Vaccination Hyderabad 1890-1903 - 1890-1903
Year: 1890
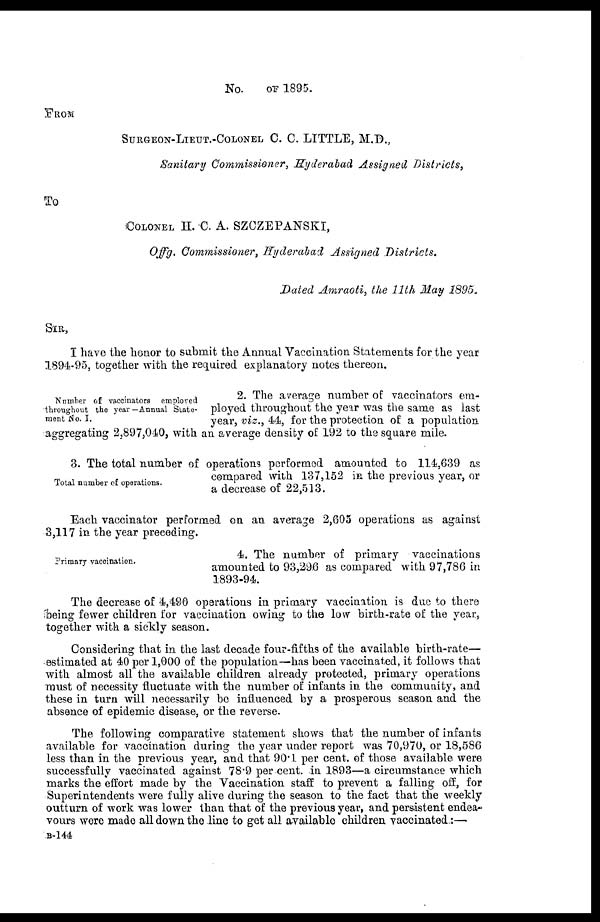
No.
OF 1895.
FROM
SURGEON-LIEUT.-COLONEL C. C. LITTLE, M.D.,
Sanitary Commissioner, Hyderabad Assigned Districts,
To
COLONEL H. C. A. SZCZEPANSKI,
Offg. Commissioner, Hyderabad Assigned Districts.
Dated Amraoti, the 11th May 1895.
SIR,
I have the honor to submit the Annual Vaccination Statements for the year
1894-95, together with the required explanatory notes thereon.
Number of vaccinators employed
throughout the year —Annual State-
ment No. I.
2. The average number of vaccinators em-
ployed throughout the year was the same as last
year, viz., 44, for the protection of a population
aggregating 2,897,040, with an average density of 192 to the square mile.
Total number of operations.
3. The total number of operations performed amounted to 114,639 as
compared with 137,152 in the previous year, or
a decrease of 22,513.
Each vaccinator performed on an average 2,605 operations as against
3,117 in the year preceding.
Primary vaccination.
4. The number of primary vaccinations
amounted to 93,296 as compared with 97,786 in
1893-94.
The decrease of 4,490 operations in primary vaccination is due to there
being fewer children for vaccination owing to the low birth-rate of the year,
together with a sickly season.
Considering that in the last decade four-fifths of the available birth-rate—
estimated at 40 per 1,000 of the population—has been vaccinated, it follows that
with almost all the available children already protected, primary operations
must of necessity fluctuate with the number of infants in the community, and
these in turn will necessarily be influenced by a prosperous season and the
absence of epidemic disease, or the reverse.
The following comparative statement shows that the number of infants
available for vaccination during the year under report was 70,970, or 18,586
less than in the previous year, and that 90.1 per cent. of those available were
successfully vaccinated against 78.9 per cent. in 1893—a circumstance which
marks the effort made by the Vaccination staff to prevent a falling off, for
Superintendents were fully alive during the season to the fact that the weekly
outturn of work was lower than that of the previous year, and persistent endea-
vours were made all down the line to get all available children vaccinated:—
B-144